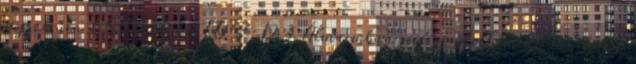
egyszerűen CSODÁLATOS :D 3 Álmaimban sem gondoltam volna, hogy